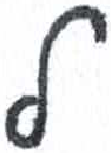
אות: ל